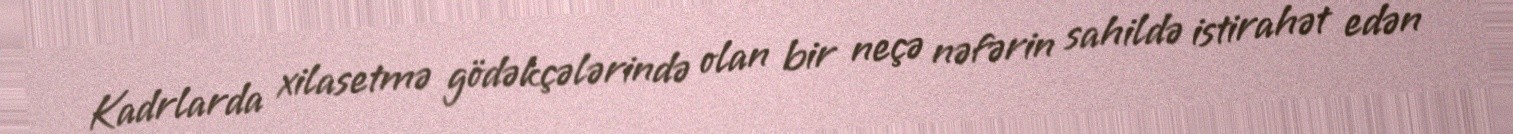
Kadrlarda xilasetmə gödəkçələrində olan bir neçə nəfərin sahildə istirahət edən